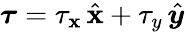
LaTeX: \boldsymbol{\tau}=\tau_{\mathbf{x}}\, \hat{{\boldsymbol{\mathbf{x}}}}+\tau_{y}\, \hat{{\boldsymbol{y}}}